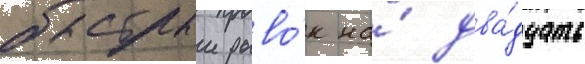
быстрыи рыво́к на́ два́дцать